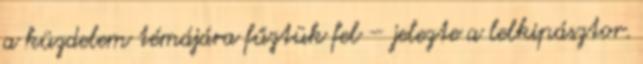
a küzdelem témájára fűztük fel – jelezte a lelkipásztor.